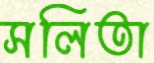
সলিতা